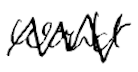
Text: would
Cross-out: zig-zag
Writing tool: digital_black